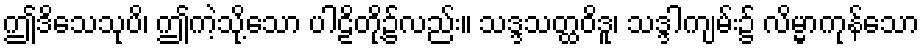
ဤဒိသေသုပိ၊ ဤကဲ့သို့သော ပါဠိတို့၌လည်း။ သဒ္ဒသတ္ထဝိဒူ၊ သဒ္ဒါကျမ်း၌ လိမ္မာကုန်သော